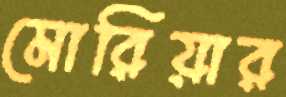
মোরিয়ার